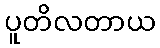
ပူတိလတာယ